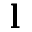
\mathbf { l }